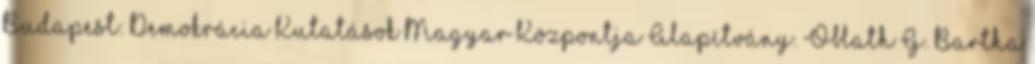
Budapest: Demokrácia Kutatások Magyar Központja Alapítvány. Oblath G. Bartha